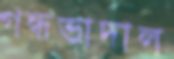
গন্ধভাদাল